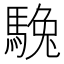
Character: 𩣮